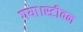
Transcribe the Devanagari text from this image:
गया।स्टीवन